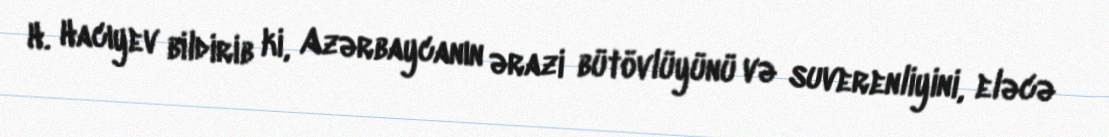
H. Hacıyev bildirib ki, Azərbaycanın ərazi bütövlüyünü və suverenliyini, eləcə